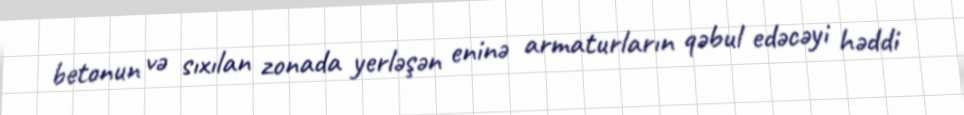
betonun və sıxılan zonada yerləşən eninə armaturların qəbul edəcəyi həddi